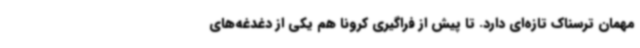
مهمان ترسناک تازه‌ای دارد. تا پیش از فراگیری کرونا هم یکی از دغدغه‌های